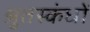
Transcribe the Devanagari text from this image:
श्रुतस्कंधों